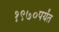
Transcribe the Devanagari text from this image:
१९७०पर्यंत